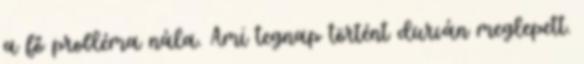
a fő probléma nála. Ami tegnap történt durván meglepett.